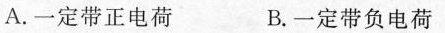
A一定带正电荷 B.一定带负电荷